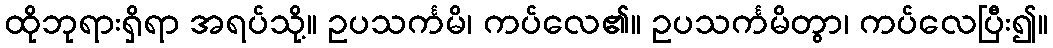
ထိုဘုရားရှိရာ အရပ်သို့။ ဥပသင်္ကမိ၊ ကပ်လေ၏။ ဥပသင်္ကမိတွာ၊ ကပ်လေပြီး၍။